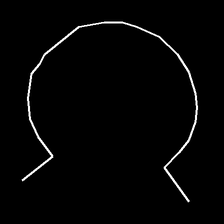
Glyph: weave